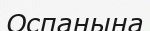
Оспанына